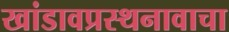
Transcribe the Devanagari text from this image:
खांडावप्रस्थनावाचा